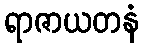
ရာဇာယတနံ